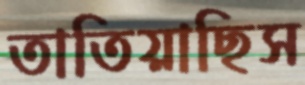
তাতিয়াছিস